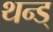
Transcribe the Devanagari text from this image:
थन्ड्